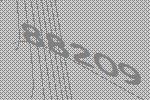
88209